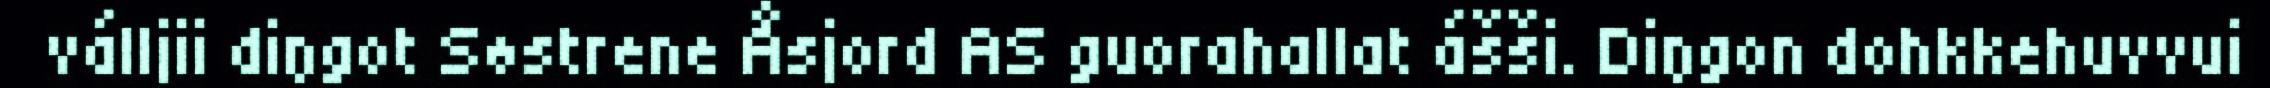
válljii diŋgot Søstrene Åsjord AS guorahallat ášši. Diŋgon dohkkehuvvui